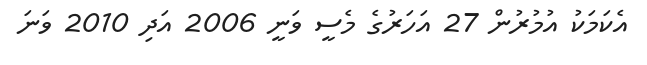
އެކަމަކު އުމުރުން 27 އަހަރުގެ މެސީ ވަނީ 2006 އަދި 2010 ވަނަ